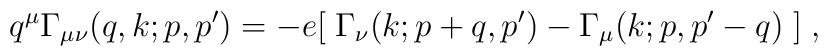
q^\mu \Gamma_{\mu\nu} (q,k;p,p^\prime) = -e [\;\Gamma_\nu (k;p+q,p^\prime)- \Gamma_\mu (k;p,p^\prime-q)\;]\; ,